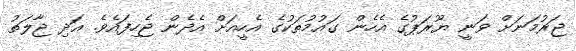
ޖަރުމަނަށް ވަނީ ޔޫރަޕުގެ އެހެން ގައުމުތަކުގެ އެހީއަށް އެދެން ޖެހިފައެވެ. އަދި ޖާލަތު